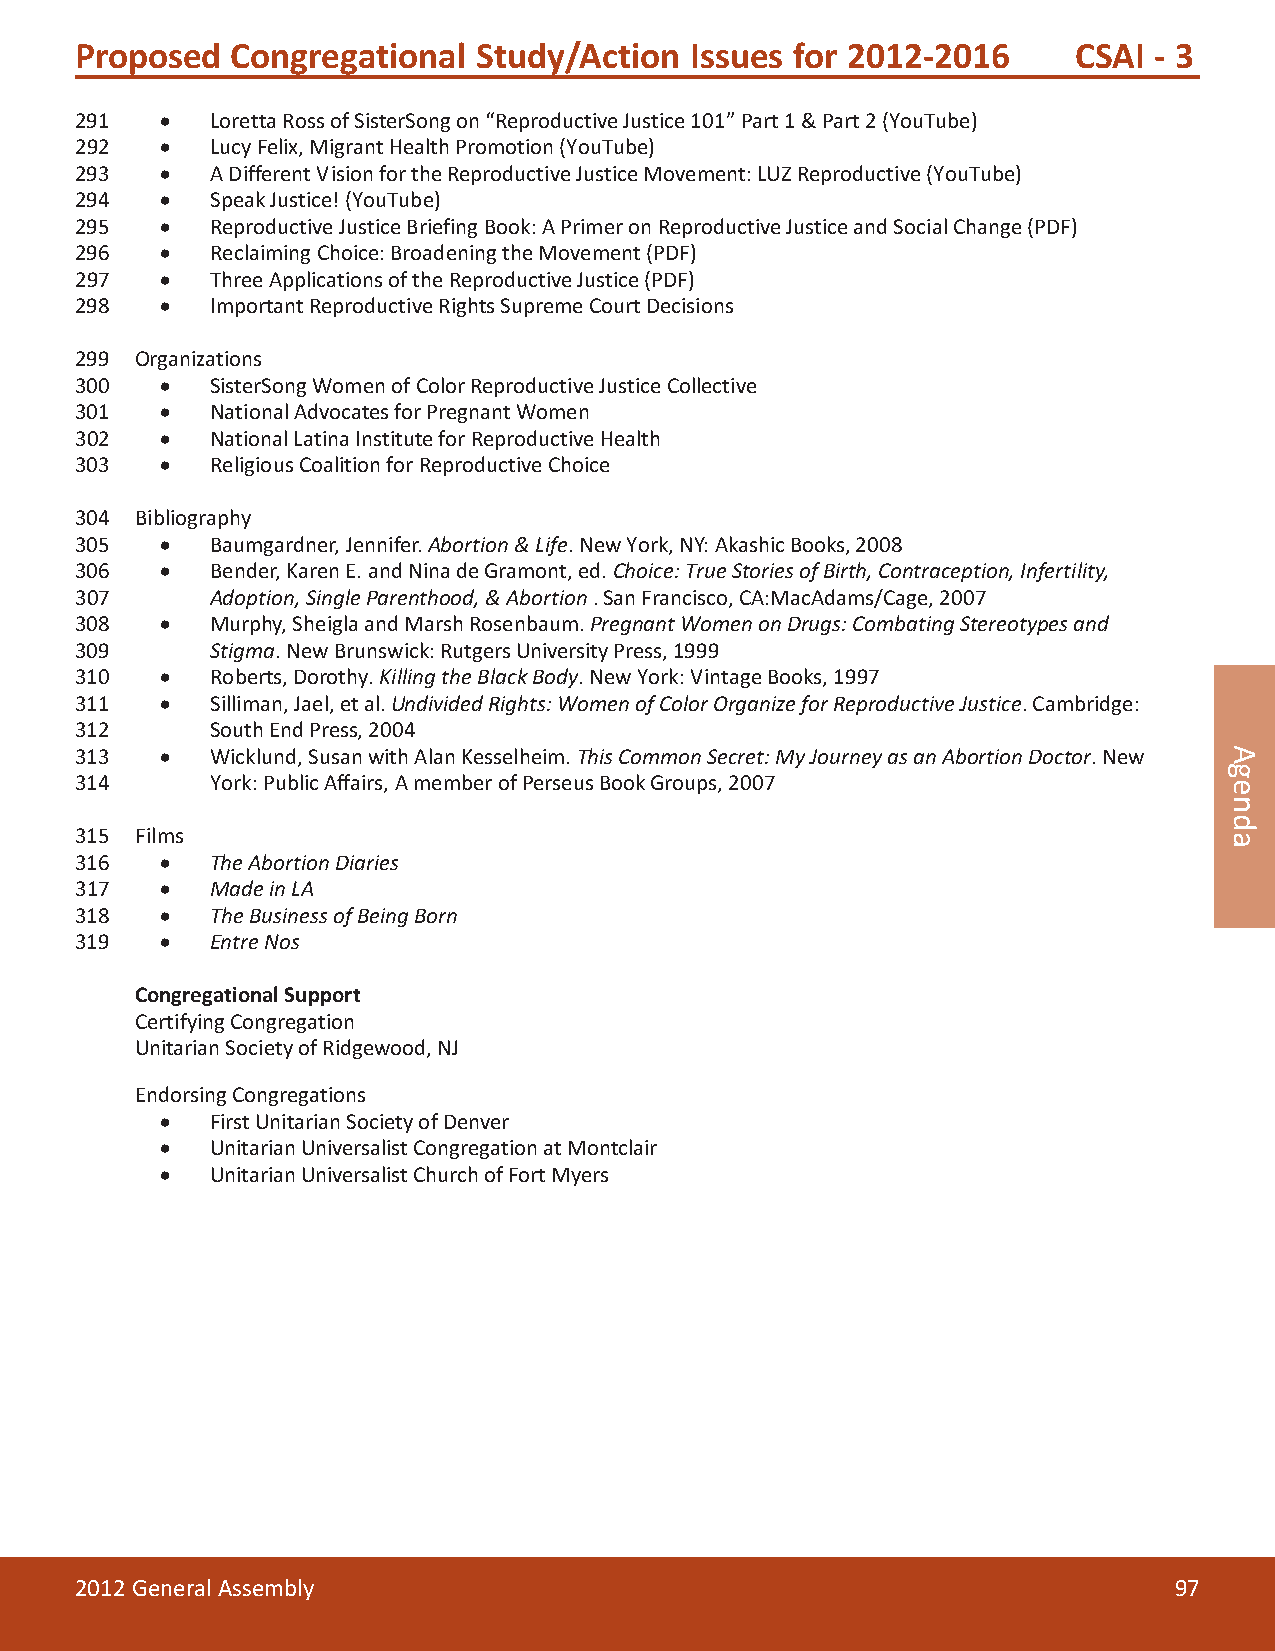
Proposed  Congregational   Study/Action  Issues for 2012-2016     CSAI - 3
 291   •  Loretta Ross of SisterSong on “Reproductive Justice 101” Part 1 & Part 2 (YouTube)
 292   •  Lucy Felix, Migrant Health Promotion (YouTube)
 293   •  A Different Vision for the Reproductive Justice Movement: LUZ Reproductive (YouTube)
 294   •  Speak Justice! (YouTube)
 295   •  Reproductive Justice Briefing Book: A Primer on Reproductive Justice and Social Change (PDF)
 296   •  Reclaiming Choice: Broadening the Movement (PDF)
 297   •  Three Applications of the Reproductive Justice (PDF)
 298   •  Important Reproductive Rights Supreme Court Decisions
 299 Organizations
 300   •  SisterSong Women of Color Reproductive Justice Collective
 301   •  National Advocates for Pregnant Women
 302   •  National Latina Institute for Reproductive Health
 303   •  Religious Coalition for Reproductive Choice
 304 Bibliography
 305   •  Baumgardner, Jennifer. Abortion & Life. New York, NY: Akashic Books, 2008
 306   •  Bender, Karen E. and Nina de Gramont, ed. Choice: True Stories of Birth, Contraception, Infertility,
 307      Adoption, Single Parenthood, & Abortion. San Francisco, CA:MacAdams/Cage, 2007
 308   •  Murphy, Sheigla and Marsh Rosenbaum. Pregnant Women on Drugs: Combating Stereotypes and
 309      Stigma. New Brunswick: Rutgers University Press, 1999
 310   •  Roberts, Dorothy. Killing the Black Body. New York: Vintage Books, 1997
 311   •  Silliman, Jael, et al. Undivided Rights: Women of Color Organize for Reproductive Justice. Cambridge:
 312      South End Press, 2004
 313   •  Wicklund, Susan with Alan Kesselheim. This Common Secret: My Journey as an Abortion Doctor. New
 314      York: Public Affairs, A member of Perseus Book Groups, 2007
 315 Films
 316   •  The Abortion Diaries
 317   •  Made in LA
 318   •  The Business of Being Born
 319   •  Entre Nos
 Congregational Support
 Certifying Congregation
 Unitarian Society of Ridgewood, NJ
 Endorsing Congregations
 •  First Unitarian Society of Denver
 •  Unitarian Universalist Congregation at Montclair
 •  Unitarian Universalist Church of Fort Myers
 2012 General Assembly                                                    97
 Agenda